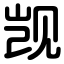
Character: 觊